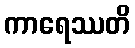
ကာရေဿတိ